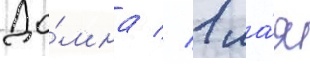
До́мна // 1 ма́я